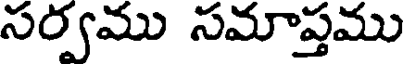
సర్వము సమాప్తము